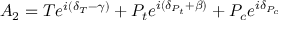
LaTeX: A _ { 2 } = T e ^ { i ( \delta _ { T } - \gamma ) } + P _ { t } e ^ { i ( \delta _ { P _ { t } } + \beta ) } + P _ { c } e ^ { i \delta _ { P _ { c } } }